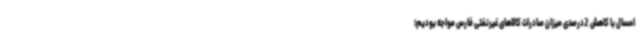
امسال با کاهش 2درصدی میزان صادرات کالاهای غیرنفتی فارس مواجه بودیم؛